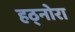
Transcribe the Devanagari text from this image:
हठ्नोरा